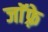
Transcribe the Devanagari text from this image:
जाॅफ़्रे